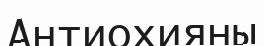
Антиохияны